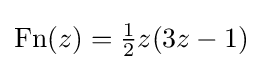
{\text{Fn}}(z)={\tfrac {1}{2}}z(3z-1)